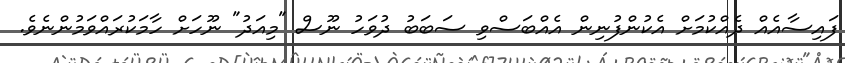
ފައިސާއެއް ދެއްކުމަށް އެކުންފުނިން އެއްބަސްވި ސަބަބު ދުވަހު ނޫސް "މިއަދު" ނޫހަށް ހާމަކުރައްވަމުންނެވެ.